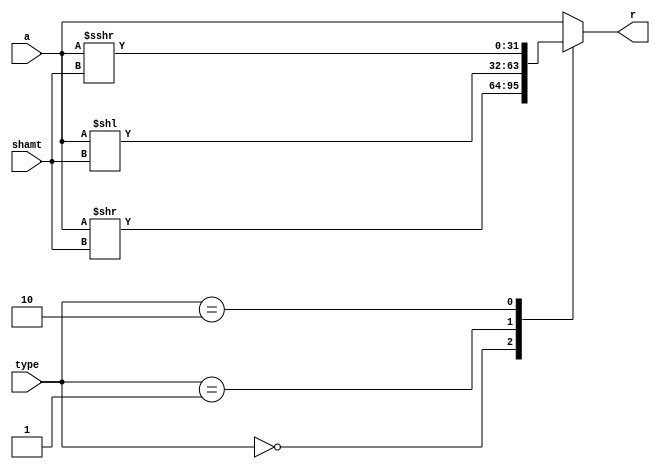
/*******************************************************************
*
* Module: shiftermod.v
* Project: Single Cycle RISC-V Processor
* Description: Shifter module.
*
**********************************************************************/

`timescale 1ns / 1ps


module shiftermod (
input [31:0] a,
input [4:0] shamt,
input [1:0] type,
output reg [31:0] r
);
    
    always @(*) begin
        case (type)
            2'b00: r = a >> shamt; //shift right logical
            2'b01: r = a << shamt; //shift left logical
            2'b10: r = ($signed(a) >>> shamt); //shift right arithmetic
            default: r = a; 
        endcase
    end
    
endmodule